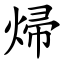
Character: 㷌